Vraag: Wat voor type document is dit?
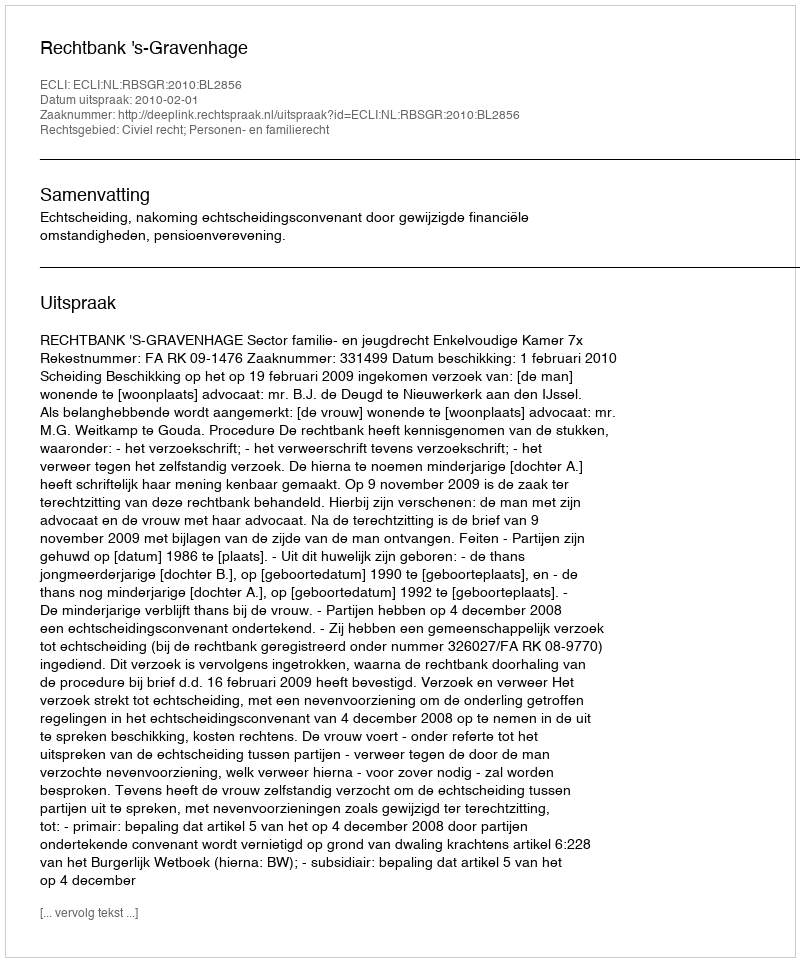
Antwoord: Uitspraak